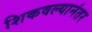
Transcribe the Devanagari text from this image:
शिकवल्यानंतर